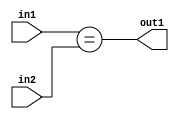
`timescale 1ps / 1ps
/*****************************************************************************
    Verilog RTL Description
    
    
    Created by: Stratus DpOpt 2019.1.01 
*******************************************************************************/

module in_buff_Equal_2Ux2U_1U_1 (
	in2,
	in1,
	out1
	); /* architecture "behavioural" */ 
input [1:0] in2,
	in1;
output  out1;
wire  asc001;

assign asc001 = (in1==in2);

assign out1 = asc001;
endmodule

/* CADENCE  urb1TAg= : u9/ySgnWtBlWxVPRXgAZ4Og= ** DO NOT EDIT THIS LINE ******/